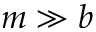
m \gg b